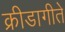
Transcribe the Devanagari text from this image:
क्रीडागीते